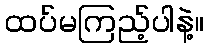
ထပ်မကြည့်ပါနဲ့။